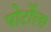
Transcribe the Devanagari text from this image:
पोर्टोला